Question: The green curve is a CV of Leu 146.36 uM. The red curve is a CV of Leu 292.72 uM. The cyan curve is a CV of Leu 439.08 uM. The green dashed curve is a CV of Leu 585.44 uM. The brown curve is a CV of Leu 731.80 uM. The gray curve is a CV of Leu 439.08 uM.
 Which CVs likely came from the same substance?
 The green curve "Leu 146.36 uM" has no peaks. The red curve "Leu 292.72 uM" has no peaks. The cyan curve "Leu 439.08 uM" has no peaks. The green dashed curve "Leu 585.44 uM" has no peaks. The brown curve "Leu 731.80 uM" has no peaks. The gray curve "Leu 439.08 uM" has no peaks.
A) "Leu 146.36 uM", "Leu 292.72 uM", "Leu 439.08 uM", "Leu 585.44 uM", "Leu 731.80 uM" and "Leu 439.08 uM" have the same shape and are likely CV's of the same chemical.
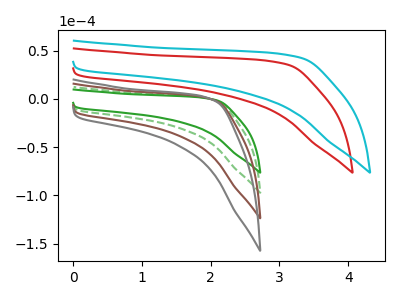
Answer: <think>Neither "Leu 146.36 uM" or "Leu 292.72 uM" have any peaks. Neither "Leu 146.36 uM" or "Leu 439.08 uM" have any peaks. Neither "Leu 146.36 uM" or "Leu 585.44 uM" have any peaks. Neither "Leu 146.36 uM" or "Leu 731.80 uM" have any peaks. Neither "Leu 146.36 uM" or "Leu 439.08 uM" have any peaks. Neither "Leu 292.72 uM" or "Leu 439.08 uM" have any peaks. Neither "Leu 292.72 uM" or "Leu 585.44 uM" have any peaks. Neither "Leu 292.72 uM" or "Leu 731.80 uM" have any peaks. Neither "Leu 292.72 uM" or "Leu 439.08 uM" have any peaks. Neither "Leu 439.08 uM" or "Leu 585.44 uM" have any peaks. Neither "Leu 439.08 uM" or "Leu 731.80 uM" have any peaks. Neither "Leu 439.08 uM" or "Leu 439.08 uM" have any peaks. Neither "Leu 585.44 uM" or "Leu 731.80 uM" have any peaks. Neither "Leu 585.44 uM" or "Leu 439.08 uM" have any peaks. Neither "Leu 731.80 uM" or "Leu 439.08 uM" have any peaks.
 </think>
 <answer>A) "Leu 146.36 uM", "Leu 292.72 uM", "Leu 439.08 uM", "Leu 585.44 uM", "Leu 731.80 uM" and "Leu 439.08 uM" have the same shape and are likely CV's of the same chemical.</answer>
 <eval>A</eval>